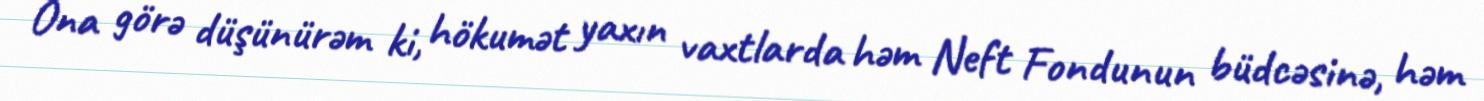
Ona görə düşünürəm ki, hökumət yaxın vaxtlarda həm Neft Fondunun büdcəsinə, həm